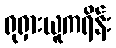
ရုရှားယူကရိန်း